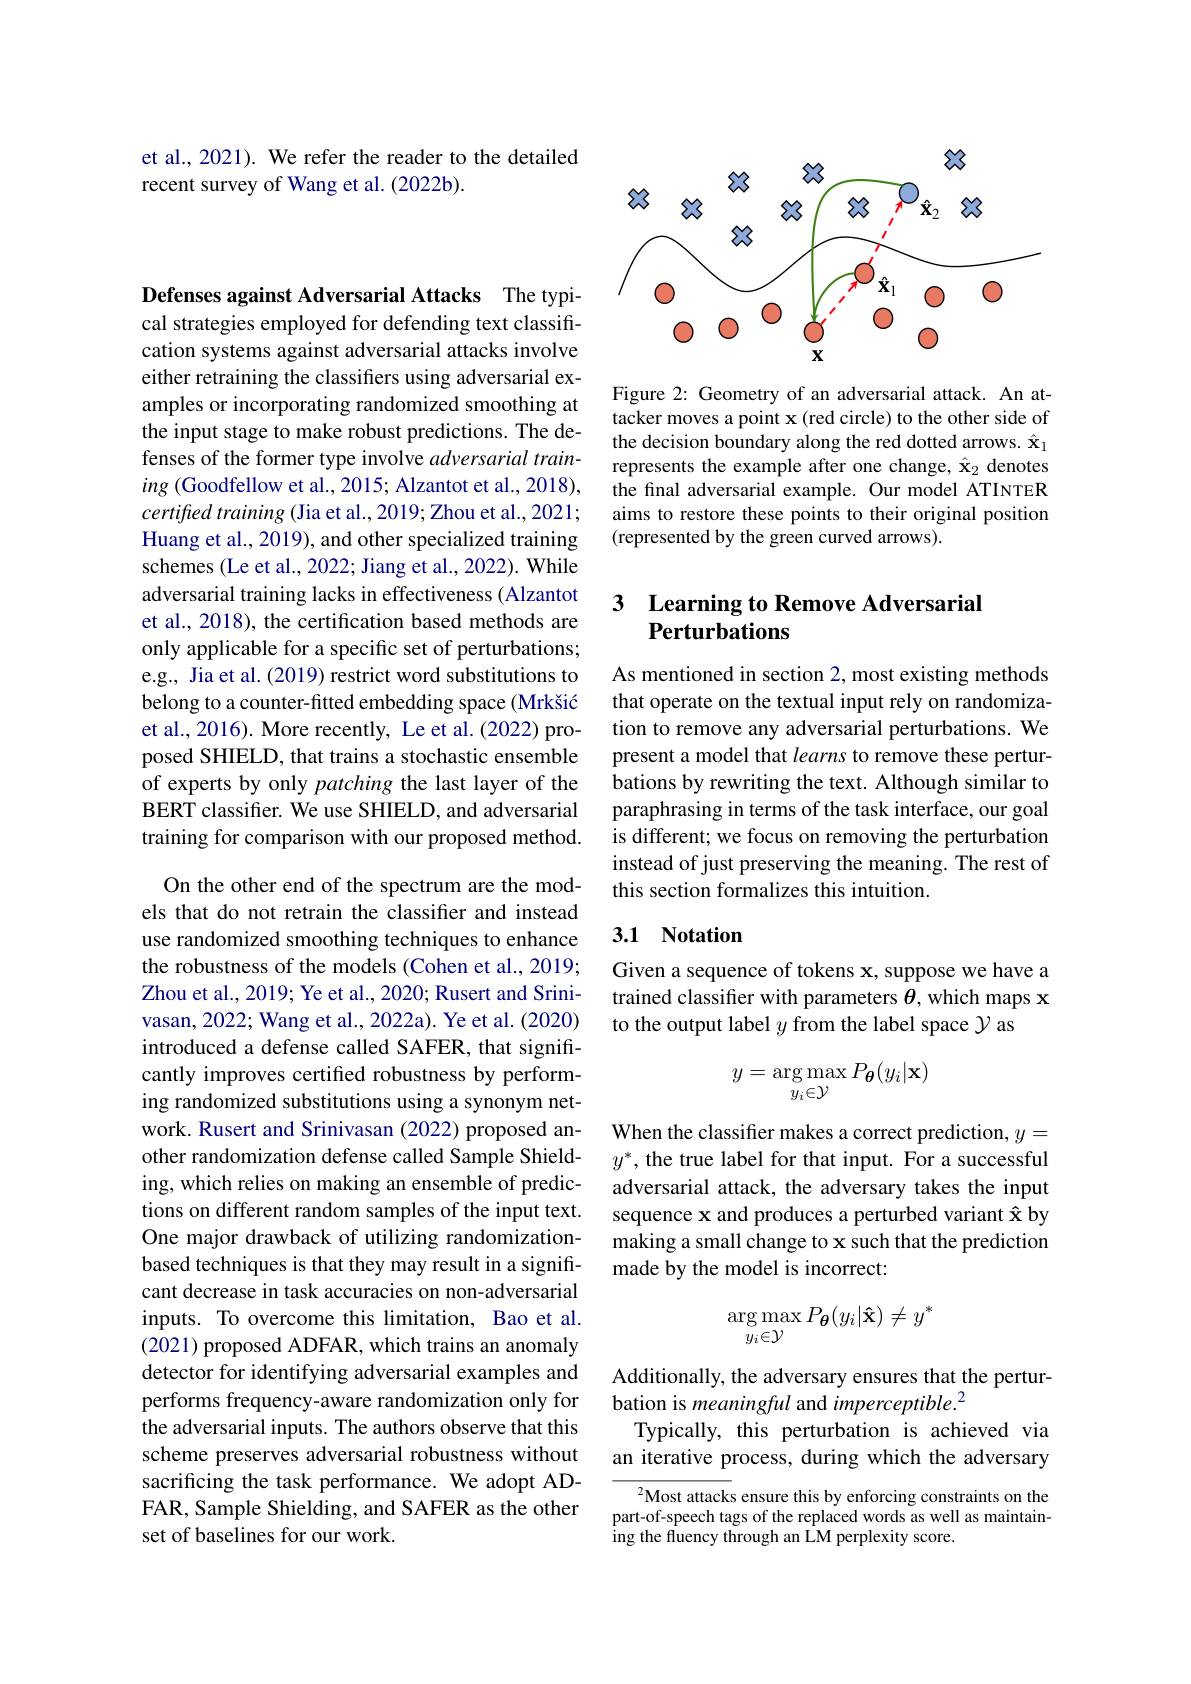
et al., 2021). We refer the reader to the detailed
recent survey of Wang et al. (2022b).

Defenses against Adversarial Attacks The typical strategies employed for defending text classification systems against adversarial attacks involve either retraining the classifiers using adversarial examples or incorporating randomized smoothing at the input stage to make robust predictions. The defenses of the former type involve adversarial training (Goodfellow et al., 2015; Alzantot et al., 2018), certifted training (Jia et al., 2019; Zhou et al., 2021; Huang et al., 2019), and other specialized training schemes (Le et al., 2022; Jiang et al., 2022). While adversarial training lacks in effectiveness (Alzantot et al., 2018), the certification based methods are only applicable for a specific set of perturbations; e.g., Jia et al. (2019) restrict word substitutions to belong to a counter-fitted embedding space (Mrkšić et al., 2016). More recently, Le et al.(2022) proposed SHIELD, that trains a stochastic ensemble of experts by only patching the last layer of the BERT classifer. We use SHIELD, and adversarial training for comparison with our proposed method.

On the other end of the spectrum are the models that do not retrain the classifier and instead use randomized smoothing techniques to enhance the robustness of the models (Cohen et al., 2019; Zhou et al., 2019; Ye et al., 2020; Rusert and Srinivasan, 2022; Wang et al., 2022a). Ye et al. (2020) introduced a defense called SAFER, that significantly improves certified robustness by performing randomized substitutions using a synonym network. Rusert and Srinivasan (2022) proposed another randomization defense called Sample Shielding, which relies on making an ensemble of predictions on different random samples of the input text. One major drawback of utilizing randomizationbased techniques is that they may result in a significant decrease in task accuracies on non-adversarial inputs. To overcome this limitation, Bao et al. (2021) proposed ADFAR, which trains an anomaly detector for identifying adversarial examples and performs frequency-aware randomization only for the adversarial inputs. The authors observe that this scheme preserves adversarial robustness without sacrificing the task performance. We adopt ADFAR, Sample Shielding, and SAFER as the other set of baselines for our work.

<FigureHere>

Figure 2: Geometry of an adversarial attack. An attacker moves a point x (red circle) to the other side of the decision boundary along the red dotted arrows. $\hat{\mathbf{x}}_1$ represents the example after one change, $\hat{\mathbf{x}}_2$ denotes the final adversarial example. Our model ATINTER aims to restore these points to their original position (represented by the green curved arrows).

## 3 Learning to Remove Adversarial Perturbations

As mentioned in section 2, most existing methods that operate on the textual input rely on randomization to remove any adversarial perturbations. We present a model that learns to remove these perturbations by rewriting the text. Although similar to paraphrasing in terms of the task interface, our goal is different; we focus on removing the perturbation instead of just preserving the meaning. The rest of this section formalizes this intuition.

## 3.1 Notation

Given a sequence of tokens x, suppose we have a trained classifer with parameters $\theta$, which maps x to the output label $y$ from the label space $\mathcal{Y}$ as
$$y=\arg\max_{y_i\in\mathcal{Y}}P_{\boldsymbol{\theta}}(y_i|\mathbf{x})$$
When the classifier makes a correct prediction, $y=$ $y^*$, the true label for that input. For a successful adversarial attack, the adversary takes the input sequence x and produces a perturbed variant î by making a small change to x such that the prediction made by the model is incorrect:
$$\arg\max_{y_i\in\mathcal{Y}}P_{\boldsymbol{\theta}}(y_i|\mathbf{\hat{x}})\neq y^*$$
Additionally, the adversary ensures that the pertur-
bation is meaningful and imperceptible.$^2$
Typically, this perturbation is achieved via an iterative process, during which the adversary

$^2$Most attacks ensure this by enforcing constraints on the part-of-speech tags of the replaced words as well as maintaining the fluency through an LM perplexity score.